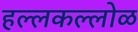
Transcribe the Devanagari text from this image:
हल्लकल्लोळ